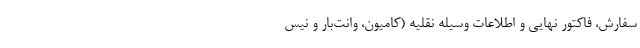
سفارش، فاکتور نهایی و اطلاعات وسیله نقلیه (کامیون، وانت‌بار و نیس